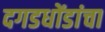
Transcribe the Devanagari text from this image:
दगडधोंडांचा